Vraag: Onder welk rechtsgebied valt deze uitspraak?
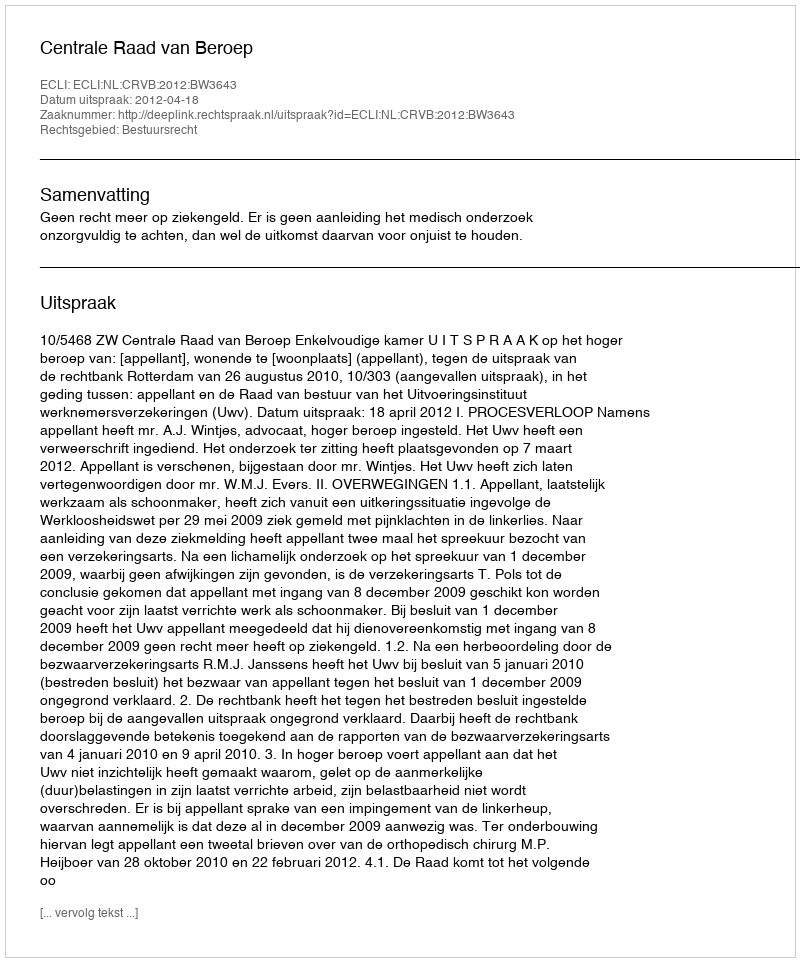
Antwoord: Bestuursrecht